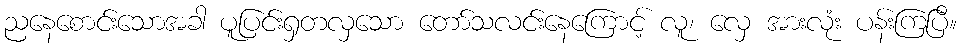
ညနေစောင်းသောအခါ ပူပြင်းရှတလှသော တော်သလင်းနေကြောင့် လူ၊ လှေ အားလုံး ပန်းကြပြီ။